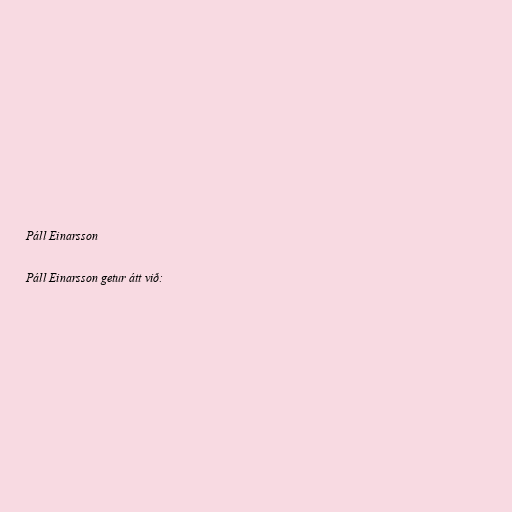
Páll Einarsson

Páll Einarsson getur átt við: